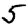
Digit: 5